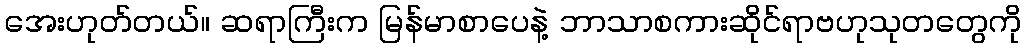
အေးဟုတ်တယ်။ ဆရာကြီးက မြန်မာစာပေနဲ့ ဘာသာစကားဆိုင်ရာဗဟုသုတတွေကို